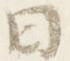
日